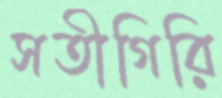
সতীগিরি